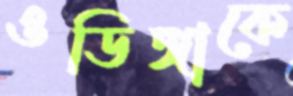
ওডিঙ্গাকে